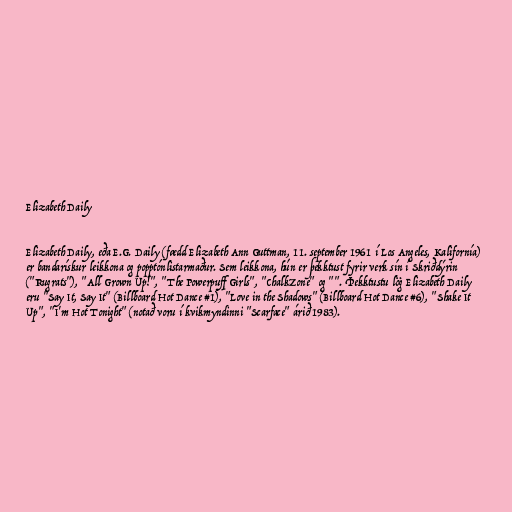
Elizabeth Daily

Elizabeth Daily, eða E.G. Daily (fædd Elizabeth Ann Guttman, 11. september 1961 í Los Angeles, Kalifornía)
er bandarískur leikkona og popptónlistarmaður. Sem leikkona, hún er þekktust fyrir verk sín í Skriðdýrin
("Rugrats"), "All Grown Up!", "The Powerpuff Girls", "ChalkZone" og "". Þekktustu lög Elizabeth Daily
eru "Say It, Say It" (Billboard Hot Dance #1), "Love in the Shadows" (Billboard Hot Dance #6), "Shake It
Up", "I'm Hot Tonight" (notað voru í kvikmyndinni "Scarface" árið 1983).